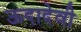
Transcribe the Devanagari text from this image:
ऊदादेवी